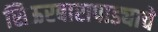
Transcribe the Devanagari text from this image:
सिऊरबारापाड्याचे